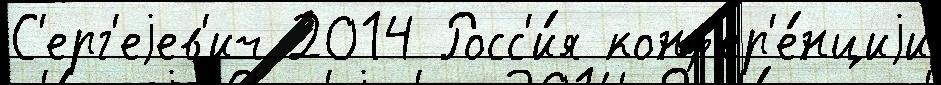
С'ерг'еjев'ич 2014 Росс'и́я конф'ер'е́нциjи